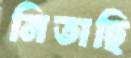
নিতাছি